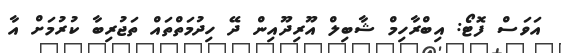
އަވަސް ފޮޓޯ: އިބްރާހިމް ޝާބިލް އޫރިދޫއިން ދޭ ހިދުމަތްތައް ތަޖުރިބާ ކުރުމަށް އާ